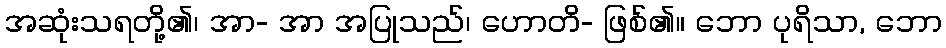
အဆုံးသရတို့၏၊ အာ- အာ အပြုသည်၊ ဟောတိ- ဖြစ်၏။ ဘော ပုရိသာ, ဘော